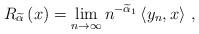
LaTeX: \begin{align*}R_{\widetilde{\alpha}}\left( x\right) =\lim_{n\rightarrow\infty}n^{-\widetilde{\alpha}_{1}}\left\langle y_{n},x\right\rangle \,, \end{align*}